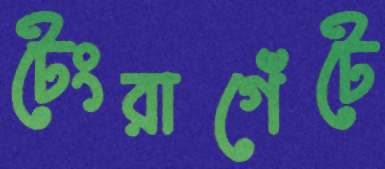
টেংরাগেঁটে